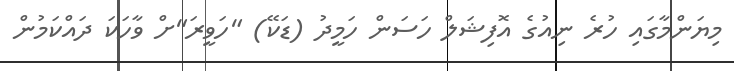
މިޔަންމާގައި ހުރެ ނިއުގެ އޮފިޝަލް ހަސަން ހަމީދު (ޑަކޭ) "ހަވީރަ"ށް ވާހަކަ ދައްކަމުން